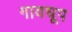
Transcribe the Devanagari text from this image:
गावधूप